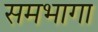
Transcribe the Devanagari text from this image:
समभागा